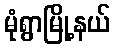
မုံရွာမြို့နယ်